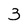
Character: 3